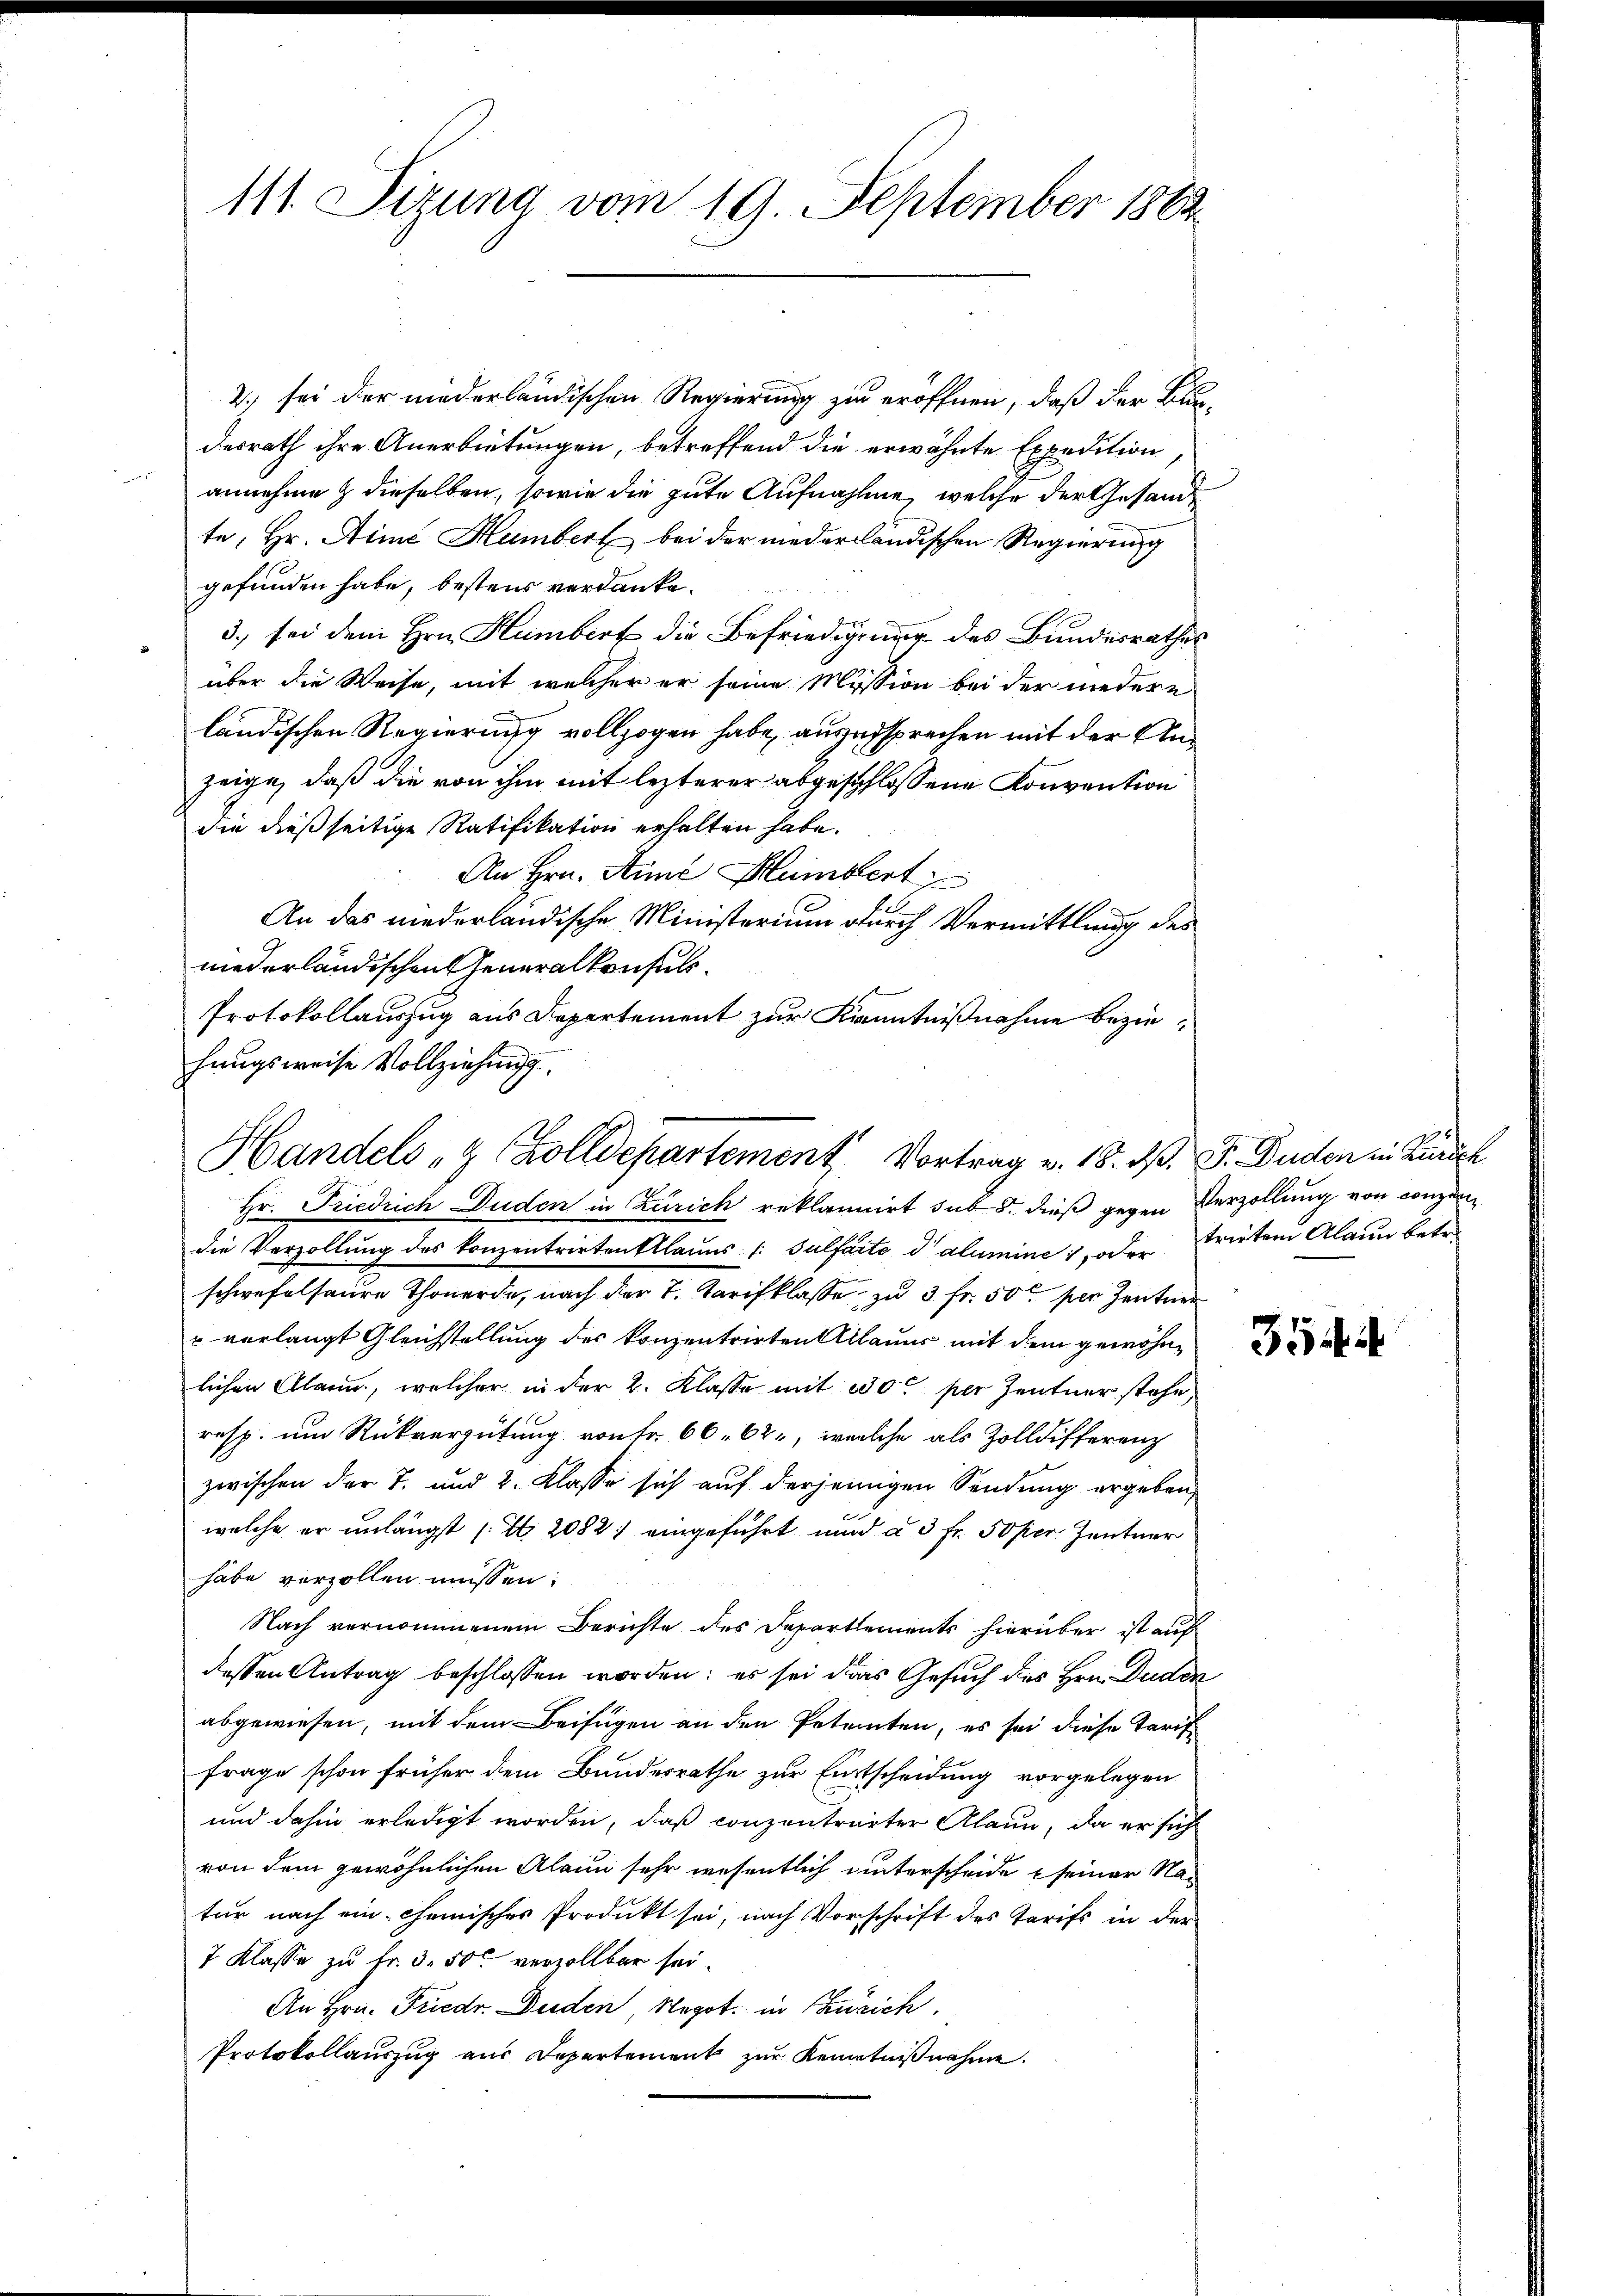
111. Sitzung vom 19. September 1883.

2.) sei der niederländischen Regierung zu eröffnen, daß der Blundesrath ihre Anerbietungen, betreffend die erwähnte Expedition
annehme & dieselben, sowie die gute Aufnahme, welche der Gesandte, Hr. Aimé Humber bei der niederländischen Regierung
gefunden habe, bestens verdanke.
3. sei dem Hrn. Hamber die Befriedigung des Bundesrathes
über die Weise, mit welcher er seine Mission bei der niedere
ländischen Regierung vollzogen habe, auszusprechen mit der Anzeige, daß die von ihm mit lezterer abgeschlossene Konvention
die dießseitige Ratifikation erhalten habe.
An Hrn. Sime Blumbert
An das niederländische Ministerium durch Vermittlung des
niederländischen Generalkonsuls.
Protokollauszug aus Departement zur Kenntnißnahme beziehungsweise Vollziehung.

Handels & Zolldepartement, Vortrag v. 18. d. J. Buden in Zürich

Hr. Friedrich Duden in Zürich reklanuirt sub 8. dieß gegen Verzollung von Konzendie Verzollung des konzentrirten Ellaues /: Sülfaite d’alumine, oder trieben Alaun betre
schwefelsaure Thonerde, nach der T. Tarifklasse zu 3 fr. 50 per Zentner
u verlangt Gleichstellung des konzentrirten Allauer mit dem gewöhnlichen Alann, welcher in der 2. Klasse mit 200 per Zentner stehe,
resp. um Rückvergütung von Fr. 66. 62, welche als Zolldifferenz
zwischen der T. und 2. Klasse sich auf derjenigen Sendung ergeben,
welche er unlängst (S. 2082; eingeführt und à 3 Fr. 50 per Zentner
habe verzollen müssen:
Nach vernommenem Berichte des Departements hierüber ist auf
dessen Antrag beschlossen worden; es sei das Gesuch des Hrn. Duden
abgewiesen, mit dem Beifügen an den Petenten, es sei diese Tarif
Frage schon früher dem Bundesrathe zur Entscheidung vorgelegen.
und dahin erledigt worden, daß conzentrarter Klaun, da er sich
von dem gewöhnlichen Alain sehr wesentlich unterscheide seiner Natur nach ein chemischer Produkt sei, nach Vorschrift des Tarifs in der
7 Klasse zu Fr. 3. 50 verzollbar sei.
An Hrn. Friedr. Duden Negot. in Zürich.
Protokollauszug aus Departement zur Kenntnißnahme.

35